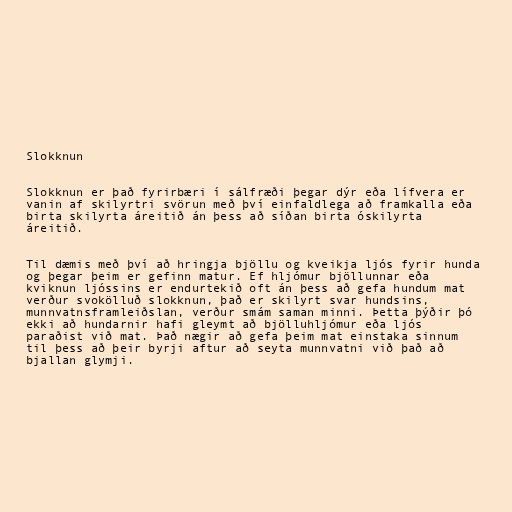
Slokknun

Slokknun er það fyrirbæri í sálfræði þegar dýr eða lífvera er
vanin af skilyrtri svörun með því einfaldlega að framkalla eða
birta skilyrta áreitið án þess að síðan birta óskilyrta
áreitið.

Til dæmis með því að hringja bjöllu og kveikja ljós fyrir hunda
og þegar þeim er gefinn matur. Ef hljómur bjöllunnar eða
kviknun ljóssins er endurtekið oft án þess að gefa hundum mat
verður svokölluð slokknun, það er skilyrt svar hundsins,
munnvatnsframleiðslan, verður smám saman minni. Þetta þýðir þó
ekki að hundarnir hafi gleymt að bjölluhljómur eða ljós
paraðist við mat. Það nægir að gefa þeim mat einstaka sinnum
til þess að þeir byrji aftur að seyta munnvatni við það að
bjallan glymji.